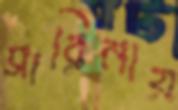
সারিনায়